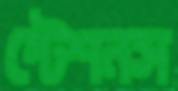
স্টেশনস